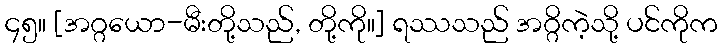
၄၅။ [အဂ္ဂယော-မီးတို့သည်, တို့ကို။] ရဿသည် အဂ္ဂိကဲ့သို့ ပင်ကိုက